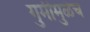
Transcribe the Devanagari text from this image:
गुर्मीमुळेच